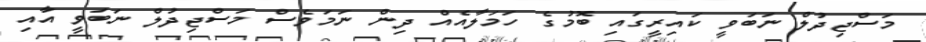
މަސްޖިދުލް ނަބަވީ ކައިރީގައި ބޮމުގެ ހަމަލާއެއް ދިން ނަމަވެސް މަސްޖިދުލް ނަބަވީ އާއި